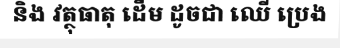
និង វត្ថុធាតុ ដើម ដូចជា ឈើ ប្រេង